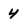
Character: 4